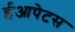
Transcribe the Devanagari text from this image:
ईआपेटस